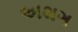
અથગ